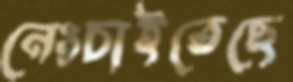
নেংচাইতেছে